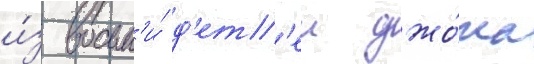
и́з восьм'и́ д'ет'еи джо́на